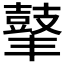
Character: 𪔍